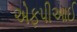
એફપીઆઈ